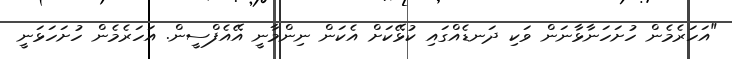
"އަހަރެމެން ހުށަހަނާޅާނަން ވަކި ދަނޑެއްގައި ކުޅޭކަށް އެކަން ނިންމާނީ އޭއެފްސީން. އަހަރެމެން ހުށަހަޅަނީ